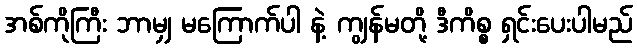
အစ်ကိုကြီး ဘာမျှ မကြောက်ပါ နဲ့ ကျွန်မတို့ ဒီကိစ္စ ရှင်းပေးပါမည်